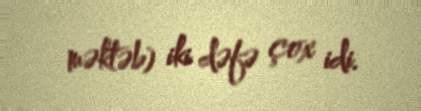
məktəb) iki dəfə çox idi.